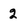
Character: 2